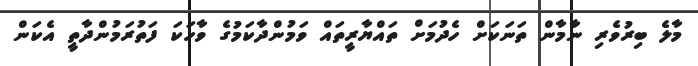
މާލެ ބިރުވެރި ނާމާން ތަނަކަށް ހެދުމަށް ތައްޔާރީތައް ވަމުންދާކަމުގެ ވާހަކަ ފަތުރަމުންދާތީ އެކަން